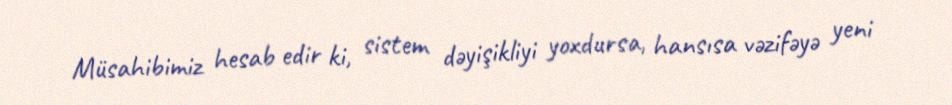
Müsahibimiz hesab edir ki, sistem dəyişikliyi yoxdursa, hansısa vəzifəyə yeni